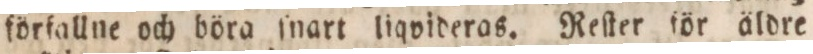
förfallne och böra ſnart liqvideras. Reſter för äldre